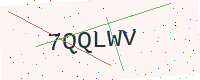
Text: 7QQLWV